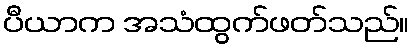
ပီယာက အသံထွက်ဖတ်သည်။